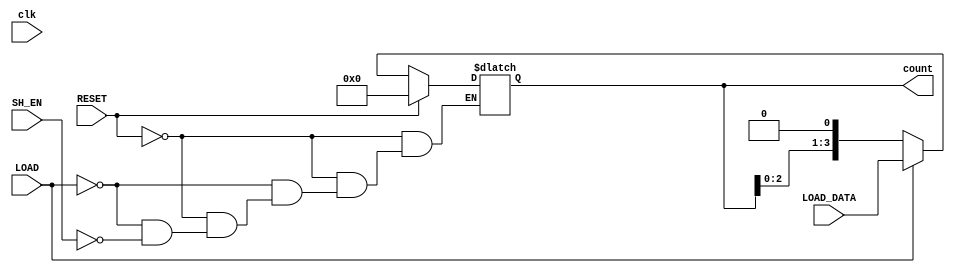
module async_shift_counter (
    input wire clk,                  // Global clock signal (not used for counting)
    input wire SH_EN,                // Shift enable signal
    input wire LOAD,                 // Load control signal
    input wire RESET,                // Reset signal
    input wire [3:0] LOAD_DATA,      // Data to load into the counter
    output reg [3:0] count           // Current count value
);

    // Initialize count to zero
    initial begin
        count = 4'b0000;
    end

    always @(*) begin
        if (RESET) begin
            // Asynchronously reset the counter
            count = 4'b0000;
        end else if (LOAD) begin
            // Load the input data into the counter
            count = LOAD_DATA;
        end else if (SH_EN) begin
            // Shift operation: shift left or right based on the count's value
            // Here, we'll assume a left shift as default
            count = {count[2:0], 1'b0}; // Left shift (shift in 0)
            // Uncomment below for right shift
            // count = {1'b0, count[3:1]}; // Right shift (shift in 0)
        end
    end

endmodule